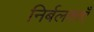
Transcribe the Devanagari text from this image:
निर्बलताएँ